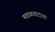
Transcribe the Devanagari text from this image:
मवाळवादाचा